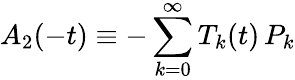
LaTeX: A_{2}(-t)\equiv-\sum_{k=0}^{\infty}T_{k}(t)\, P_{k}